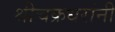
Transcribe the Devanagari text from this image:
श्रीचक्रधरांनी